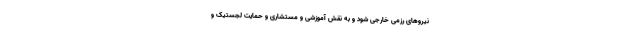
نیروهای رزمی خارجی شود و به نقش آموزشی و مستشاری و حمایت لجستیک و